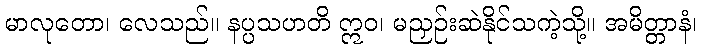
မာလုတော၊ လေသည်။ နပ္ပသဟတိ ဣဝ၊ မညှဉ်းဆဲနိုင်သကဲ့သို့။ အမိတ္တာနံ၊